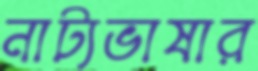
নাট্যভাষার